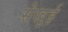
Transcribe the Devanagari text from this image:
सेखुई